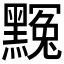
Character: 𪑲